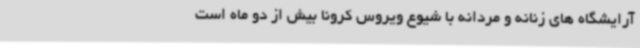
آرایشگاه های زنانه و مردانه با شیوع ویروس کرونا بیش از دو ماه است